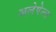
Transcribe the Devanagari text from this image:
अलेपेत्ल